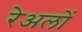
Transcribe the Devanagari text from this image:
रेअलों